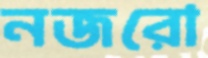
নজরো